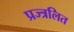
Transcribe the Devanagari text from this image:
प्रज्त्रलित